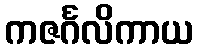
ကဇင်္ဂလိကာယ